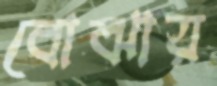
বোঝায়